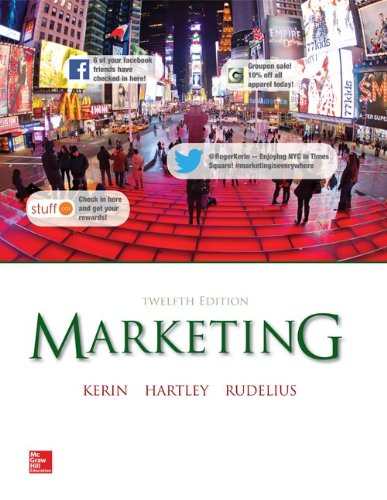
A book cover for Marketing; Roger Kerin; Business & Money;